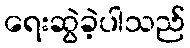
ရေးဆွဲခဲ့ပါသည်